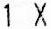
1 X